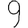
Digit: 9